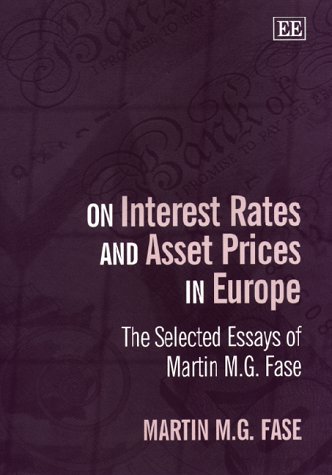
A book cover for On Interest Rates and Asset Prices in Europe: The Selected Essays of Martin M.G. Fase; Martin M. G. Fase; Business & Money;